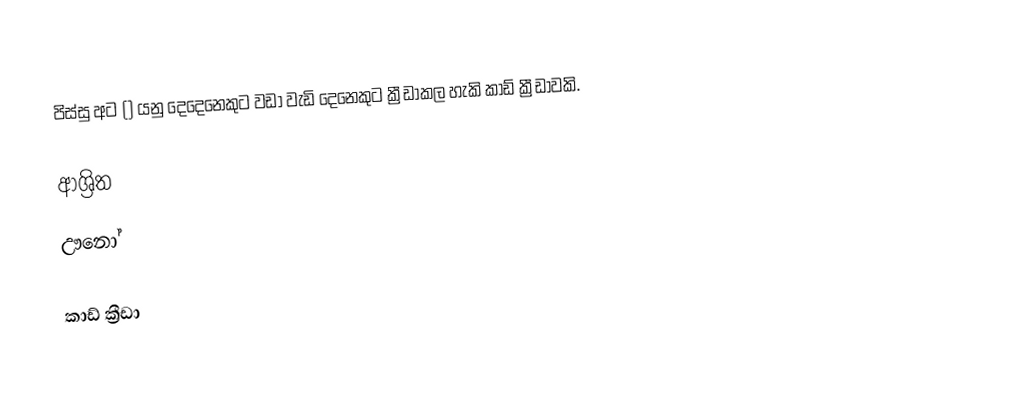
පිස්සු අට () යනු දෙදෙනෙකුට වඩා වැඩි දෙනෙකුට ක්‍රීඩාකල හැකි කාඩ් ක්‍රීඩාවකි.

ආශ්‍රිත
 ඌනෝ

කාඩ් ක්‍රීඩා